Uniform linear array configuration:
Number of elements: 12
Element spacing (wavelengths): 1
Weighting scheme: exponential
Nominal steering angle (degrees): -15
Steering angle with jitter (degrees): -13.169
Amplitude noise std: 0.05
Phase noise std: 0.05

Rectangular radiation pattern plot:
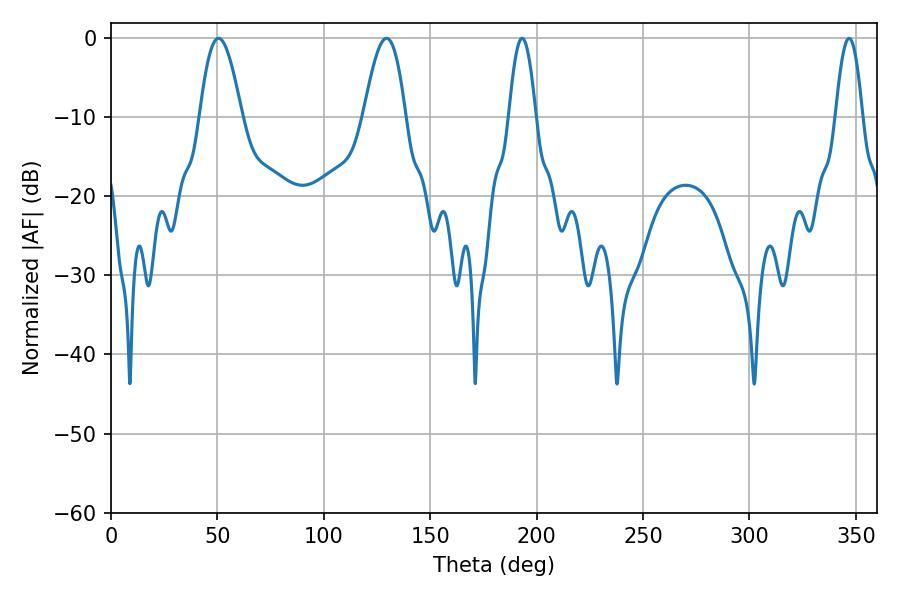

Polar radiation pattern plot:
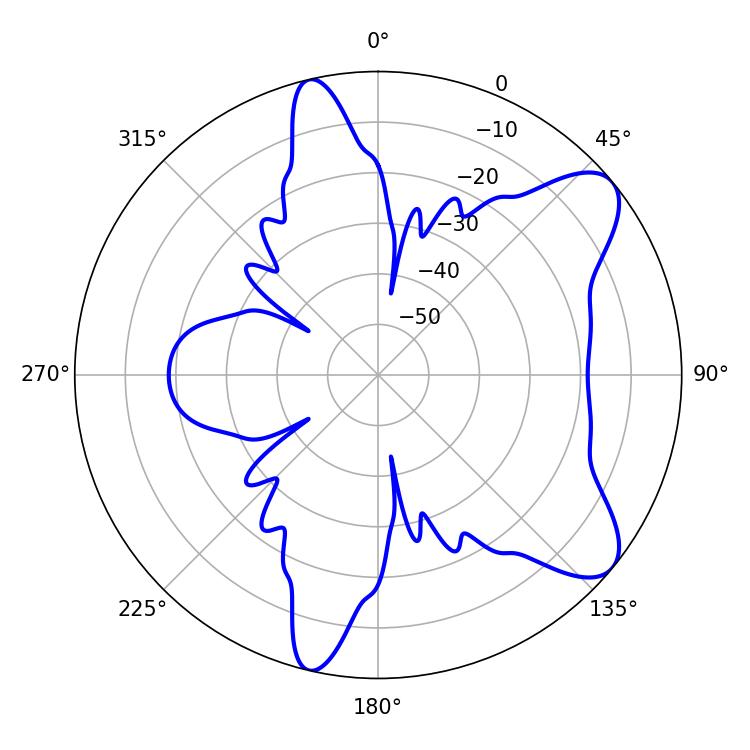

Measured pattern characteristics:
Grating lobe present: TRUE
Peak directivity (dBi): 8.691
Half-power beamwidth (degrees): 10.62
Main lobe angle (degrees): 50.58